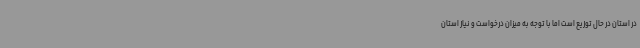
در استان در حال توزیع است اما با توجه به میزان درخواست و نیاز استان